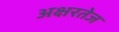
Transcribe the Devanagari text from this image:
अक्षरतेज